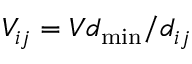
V _ { i j } = V d _ { \operatorname* { m i n } } / d _ { i j }